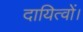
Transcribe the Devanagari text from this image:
दायित्वों।